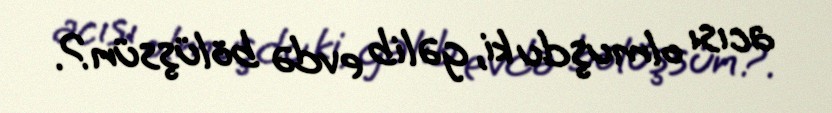
acısı olmuşdu ki, gəlib evdə bölüşsün?.